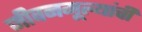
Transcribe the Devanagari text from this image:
जीवनमूल्यांची